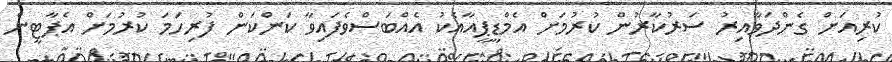
ކުރިއަށް ގެންދަވާއިރު ސަރުކާރުން ކުރުމަށް އެމްޑީޕީއާއެކު އެއްބަސްވެފައިވާ ކަންކަން ފުރިހަމަ ކުރުމަށް އެޕާޓީން